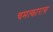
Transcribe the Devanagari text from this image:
चमत्कारास